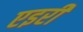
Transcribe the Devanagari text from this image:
एइरी